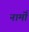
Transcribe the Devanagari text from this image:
नामोँ